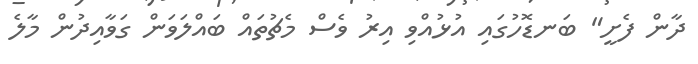
ދާން ފެށީ" ބަނޑޮހުގައި އުޅުއްވި އިރު ވެސް މެޗުތައް ބައްލަވަން ގަވާއިދުން މާލެ